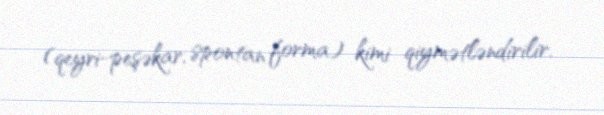
(qeyri-peşəkar, spontan forma) kimi qiymətləndirilir.